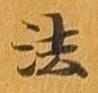
法